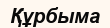
Құрбыма